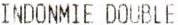
INDONMIE DOUBLE